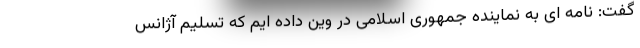
گفت: نامه ای به نماینده جمهوری اسلامی در وین داده ایم که تسلیم آژانس